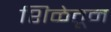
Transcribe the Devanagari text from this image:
शिळेतून